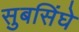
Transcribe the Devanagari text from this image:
सुबसिंघे